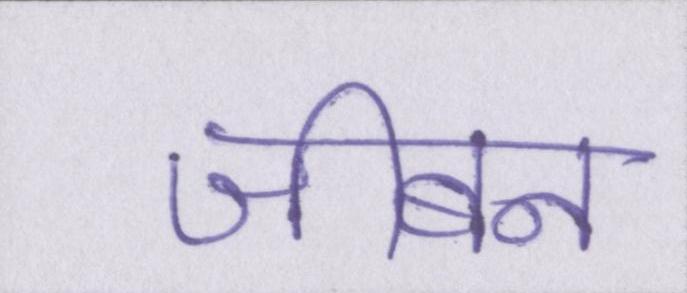
जीबन